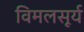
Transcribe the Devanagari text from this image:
विमलसूर्य